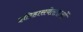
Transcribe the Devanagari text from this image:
इतिहासवेतताओं